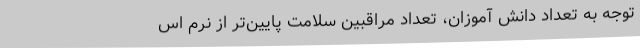
توجه به تعداد دانش آموزان، تعداد مراقبین سلامت پایین‌تر از نرم اس